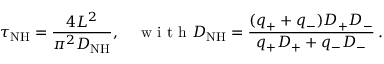
\tau _ { \mathrm { N H } } = \frac { 4 L ^ { 2 } } { \pi ^ { 2 } D _ { \mathrm { N H } } } , \quad \mathrm { ~ w ~ i ~ t ~ h ~ } D _ { \mathrm { N H } } = \frac { ( q _ { + } + q _ { - } ) D _ { + } D _ { - } } { q _ { + } D _ { + } + q _ { - } D _ { - } } \, .